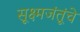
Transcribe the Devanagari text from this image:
सूक्ष्मजंतूंचे